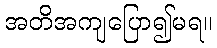
အတိအကျပြော၍မရ။